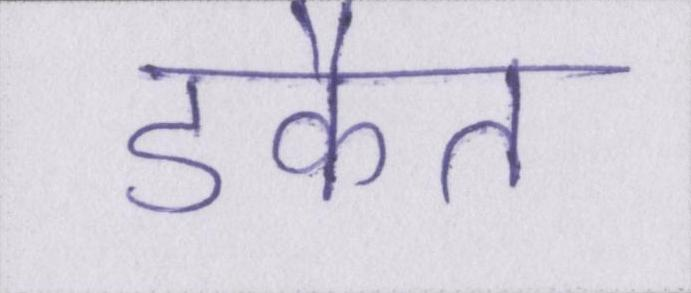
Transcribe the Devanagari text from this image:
डकैत